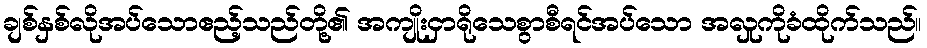
ချစ်နှစ်လိုအပ်သောဧည့်သည်တို့၏ အကျိုးငှာရိုသေစွာစီရင်အပ်သော အလှုကိုခံထိုက်သည်။